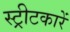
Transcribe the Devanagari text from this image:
स्ट्रीटकारें